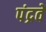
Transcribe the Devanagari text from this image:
पंद्रवें